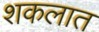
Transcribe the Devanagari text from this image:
शकलात